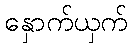
နှောက်ယှက်